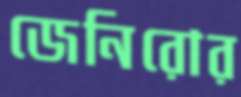
জেনিরোর